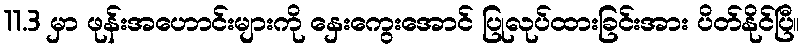
11.3 မှာ ဖုန်းအဟောင်းများကို နှေးကွေးအောင် ပြုလုပ်ထားခြင်းအား ပိတ်နိုင်ပြီ။